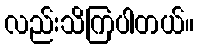
လည်းသိကြပါတယ်။